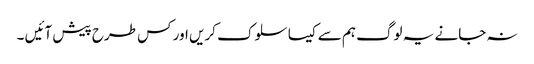
نہ جانے یہ لوگ ہم سے کیسا سلوک کریں اور کس طرح پیش آئیں ۔